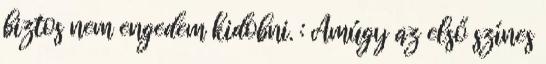
biztos nem engedem kidobni. : Amúgy az első színes